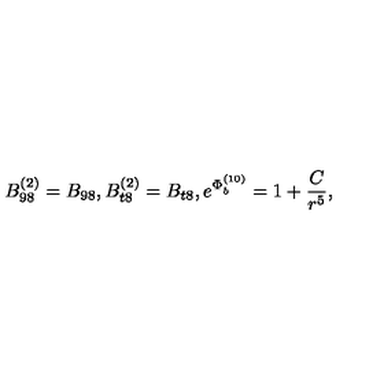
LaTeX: B _ { 9 8 } ^ { ( 2 ) } = B _ { 9 8 } , B _ { t 8 } ^ { ( 2 ) } = B _ { t 8 } , e ^ { { \Phi } _ { b } ^ { ( 1 0 ) } } = { { 1 + { \frac { C } { r ^ { 5 } } } } } ,